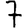
Digit: 7